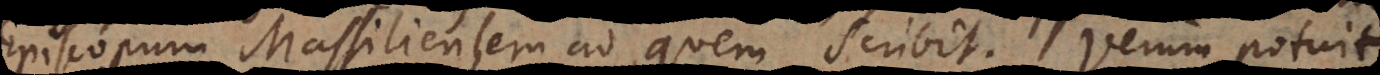
Episcopum Massiliensem ad quem scribit. Verum potuit